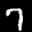
Label: 7